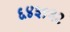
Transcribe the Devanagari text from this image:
६४३१३२